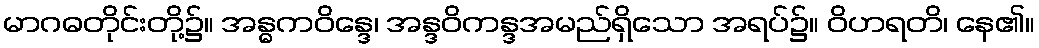
မာဂဓတိုင်းတို့၌။ အန္ဓကဝိန္ဒေ၊ အန္ဒဝိကန္ဒအမည်ရှိသော အရပ်၌။ ဝိဟရတိ၊ နေ၏။